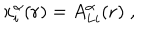
x _ { i } ^ { \alpha } ( { \bf { r } } ) = A _ { L i } ^ { \alpha } ( { \bf { r } } ) \; ,